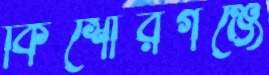
কিশোরগঞ্জে